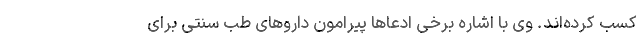
کسب کرده‌اند. وی با اشاره برخی ادعاها پیرامون داروهای طب سنتی برای